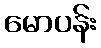
မောပန်း